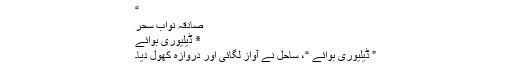
“
صادقہ نواب سحر
٭ ڈیلیوری بوائے
” ڈیلیوری بوائے “، ساحل نے آواز لگائی اور دروازہ کھول دیا۔